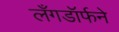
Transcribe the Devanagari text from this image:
लँगडॉर्फने